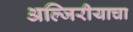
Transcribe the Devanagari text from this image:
अल्जिरीयाचा